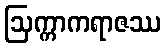
ဩက္ကာကရာဇဿ